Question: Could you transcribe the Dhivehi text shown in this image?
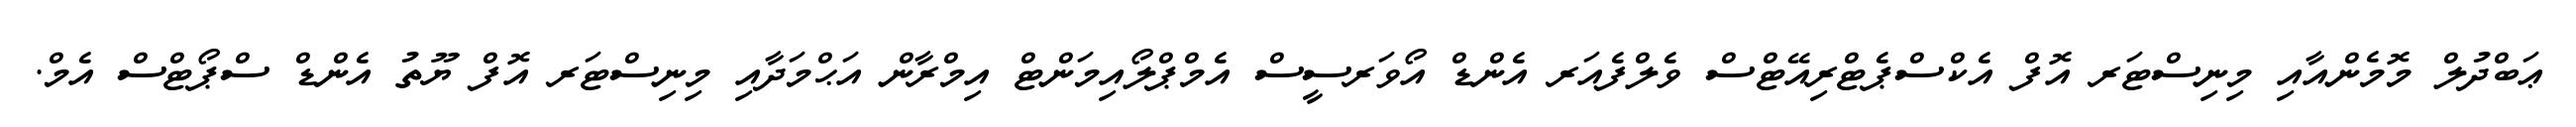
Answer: ޢަބްދުލް މޮމެންއާއި މިނިސްޓަރ އޮފް އެކްސްޕެޓްރިއޭޓްސް ވެލްފެއަރ އެންޑް އޯވަރސީސް އެމްޕްލޯއިމަންޓް އިމްރާން އަޙްމަދާއި މިނިސްޓަރ އޮފް ޔޫތު އެންޑް ސްޕޯޓްސް އެމް.